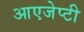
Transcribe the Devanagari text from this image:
आएजेप्टी